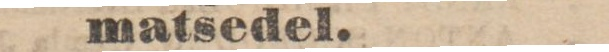
matsedel.